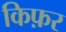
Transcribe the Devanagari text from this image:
किफ़र